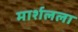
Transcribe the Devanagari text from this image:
मार्शलला